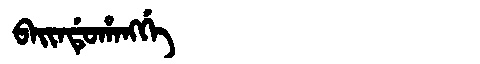
Manchu: ᠪᠠᡳᠨᡩᡠᡥᠠᠩᡤᡝ
Romanization: BAINDUHANGGE